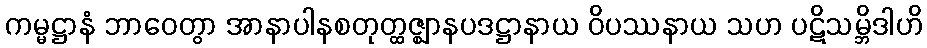
ကမ္မဋ္ဌာနံ ဘာဝေတွာ အာနာပါနစတုတ္ထဇ္ဈာနပဒဋ္ဌာနာယ ဝိပဿနာယ သဟ ပဋိသမ္ဘိဒါဟိ